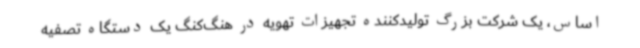
اساس، یک شرکت بزرگ تولیدکننده تجهیزات تهویه در هنگ‌کنگ یک دستگاه تصفیه